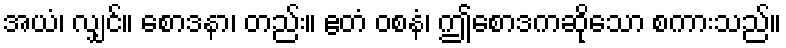
အယံ၊ လျှင်။ စောဒနာ၊ တည်း။ ဧတံ ဝစနံ၊ ဤစောဒကဆိုသော စကားသည်။